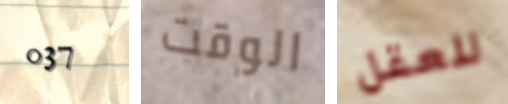
037 الوقت للعقل